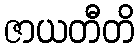
ဇာယတီတိ